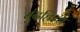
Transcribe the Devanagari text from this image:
बूंदहिश्न